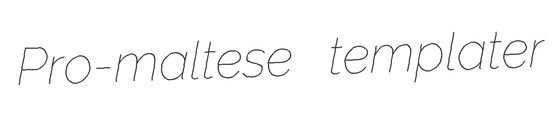
Pro-maltese templater